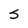
Character: s